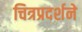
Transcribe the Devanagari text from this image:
चित्रप्रदर्शने